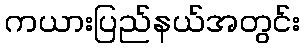
ကယားပြည်နယ်အတွင်း